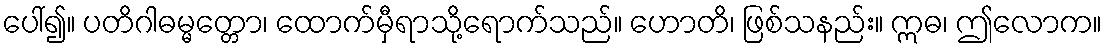
ပေါ်၍။ ပတိဂါဓမ္မတ္တော၊ ထောက်မှီရာသို့ရောက်သည်။ ဟောတိ၊ ဖြစ်သနည်း။ ဣဓ၊ ဤလောက။